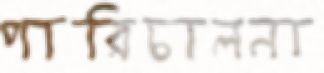
পারিচালনা